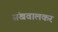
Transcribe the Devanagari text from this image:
संखवालकर